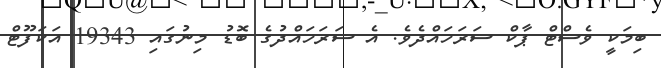
ބިމަކީ ވެސްޓް ޕާކް ސަރަހައްދެވެ. އެ ސަރަހައްދުގެ ބޮޑު މިނުގައި 19343 އަކަފޫޓް